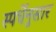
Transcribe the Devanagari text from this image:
स्पर्धेनुसार